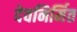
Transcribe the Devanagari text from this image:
देवनिर्मित